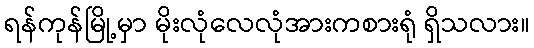
ရန်ကုန်မြို့မှာ မိုးလုံလေလုံအားကစားရုံ ရှိသလား။